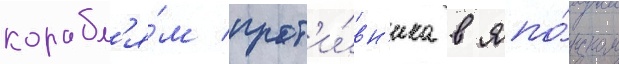
корабл'я́м прот'и́вн'ика в япо́нском